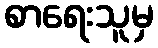
စာရေးသူမှ